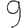
Digit: 9